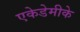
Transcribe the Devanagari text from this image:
एकेडेमीके